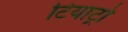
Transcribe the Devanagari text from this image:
टियाट्रो